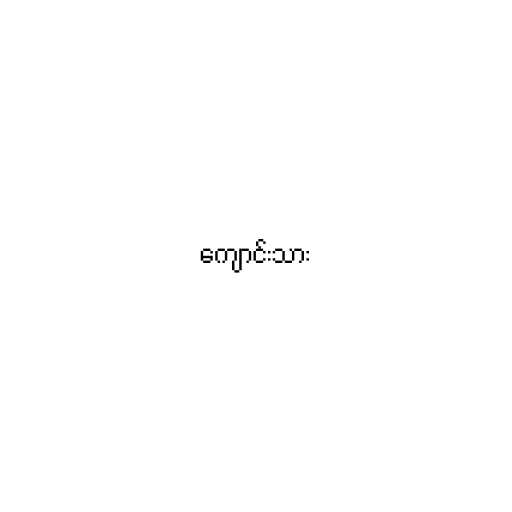
ကျောင်းသား